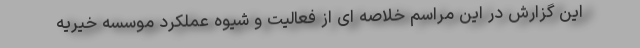
این گزارش در این مراسم خلاصه ای از فعالیت و شیوه عملکرد موسسه خیریه